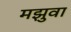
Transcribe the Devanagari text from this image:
मझुवा